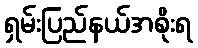
ရှမ်းပြည်နယ်အစိုးရ